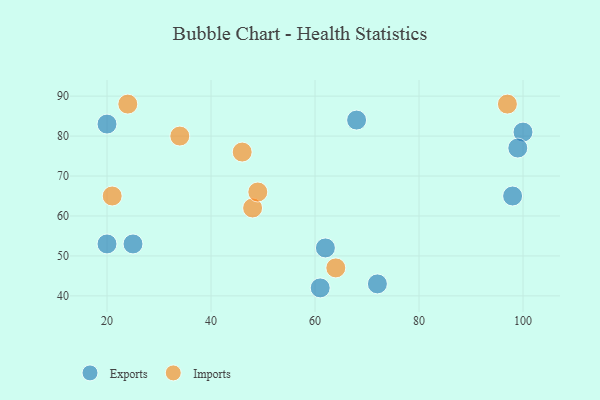
{"axis": {"x": "GDP", "y": "Life Expectancy"}, "legend": ["Exports", "Imports"], "data": [{"x": "72", "y": 43, "type": "Exports"}, {"x": "68", "y": 84, "type": "Exports"}, {"x": "62", "y": 52, "type": "Exports"}, {"x": "20", "y": 83, "type": "Exports"}, {"x": "100", "y": 81, "type": "Exports"}, {"x": "61", "y": 42, "type": "Exports"}, {"x": "25", "y": 53, "type": "Exports"}, {"x": "20", "y": 53, "type": "Exports"}, {"x": "99", "y": 77, "type": "Exports"}, {"x": "98", "y": 65, "type": "Exports"}, {"x": "64", "y": 47, "type": "Imports"}, {"x": "21", "y": 65, "type": "Imports"}, {"x": "48", "y": 62, "type": "Imports"}, {"x": "24", "y": 88, "type": "Imports"}, {"x": "34", "y": 80, "type": "Imports"}, {"x": "46", "y": 76, "type": "Imports"}, {"x": "97", "y": 88, "type": "Imports"}, {"x": "49", "y": 66, "type": "Imports"}]}